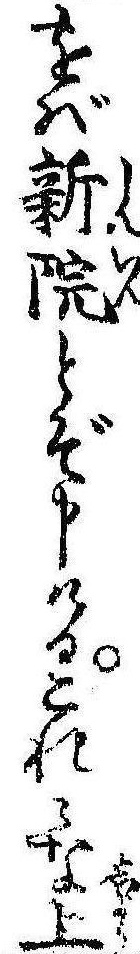
をば新院とぞ申けるこれみな上